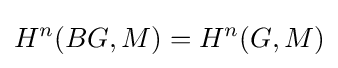
H^{n}(BG,M)=H^{n}(G,M)